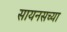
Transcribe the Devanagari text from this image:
सायनसच्या